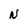
Character: N